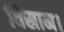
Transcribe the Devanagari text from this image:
विस्राम।